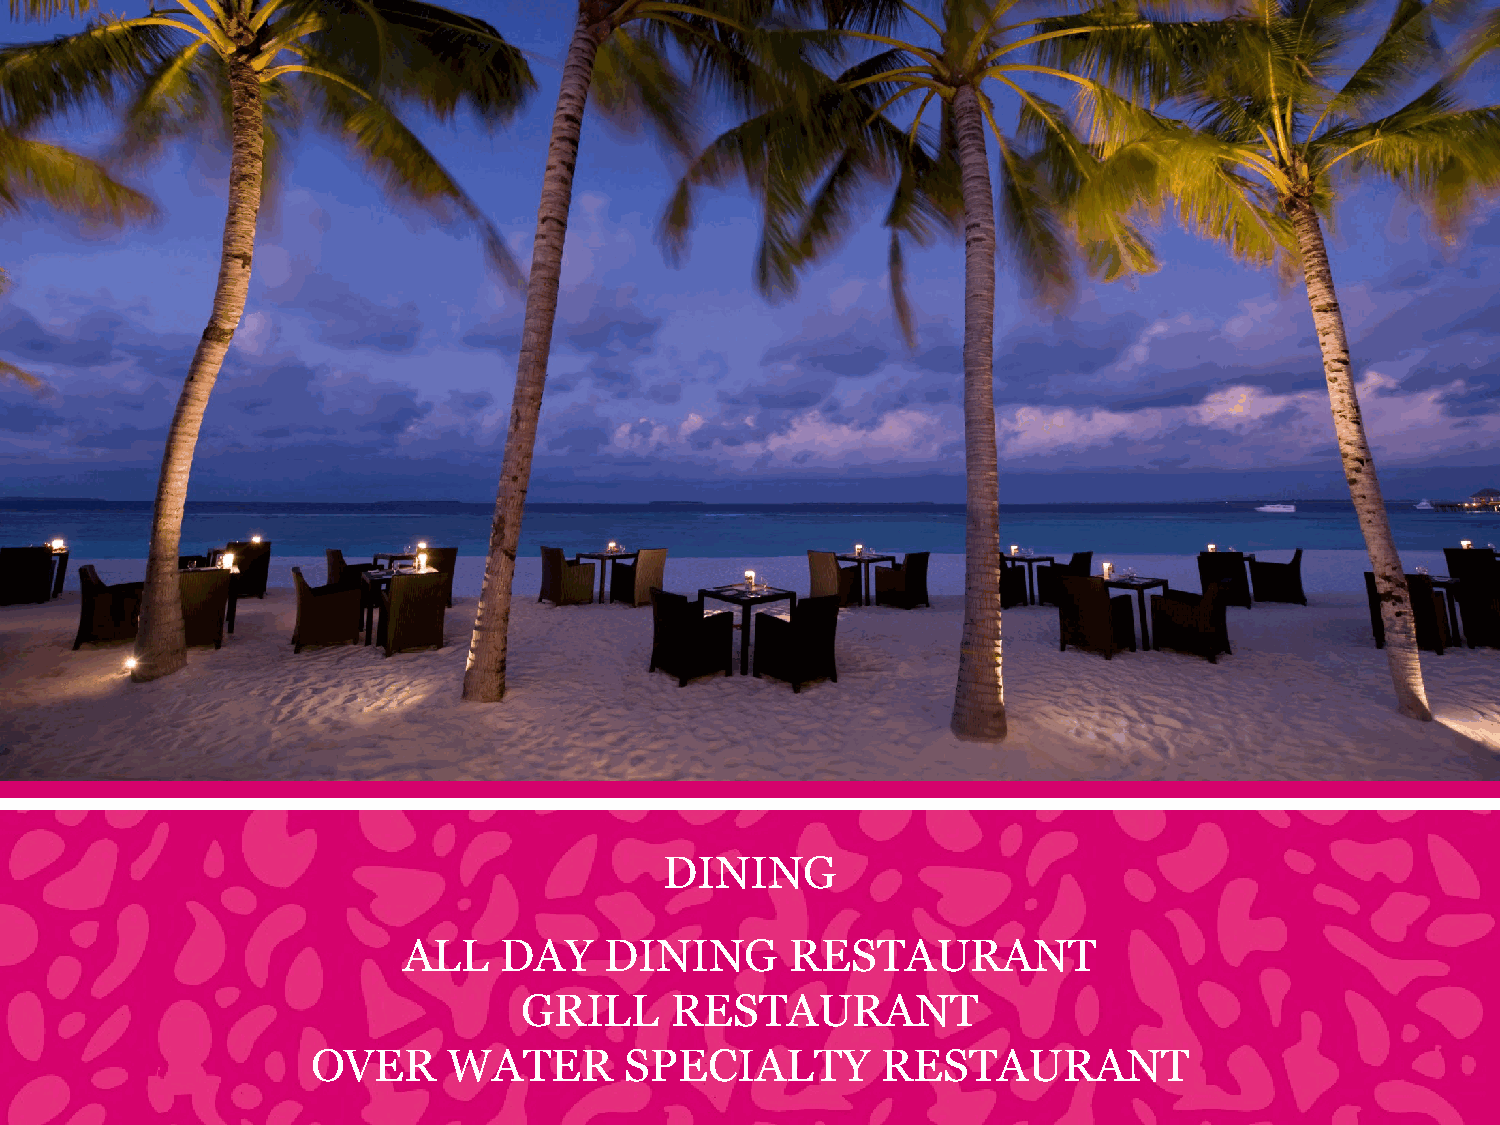
DINING
 ALL   DAY    DINING      RESTAURANT
 GRILL    RESTAURANT
 OVER     WATER      SPECIALTY        RESTAURANT